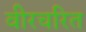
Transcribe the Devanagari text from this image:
वीरचरित